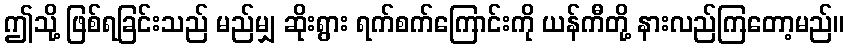
ဤသို့ ဖြစ်ရခြင်းသည် မည်မျှ ဆိုးရွား ရက်စက်ကြောင်းကို ယန်ကီတို့ နားလည်ကြတော့မည်။